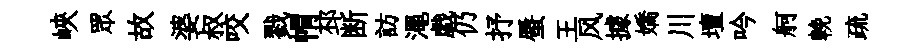
峽眾故婆叔咬戮㡌邳断訪澠戯仍抒蜃王风據嬌川壇吟舸輓疏